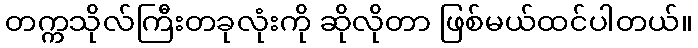
တက္ကသိုလ်ကြီးတခုလုံးကို ဆိုလိုတာ ဖြစ်မယ်ထင်ပါတယ်။